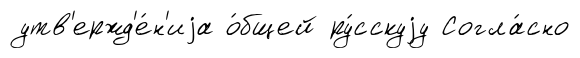
утв'ержд'е́н'иjа о́бщей ру́сскуjу Согла́сно